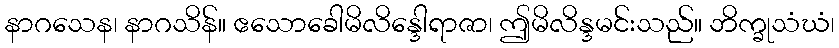
နာဂသေန၊ နာဂသိန်။ ဧသောခေါမိလိန္ဒေါရာဇာ၊ ဤမိလိန္ဒမင်းသည်။ ဘိက္ခုသံဃံ၊